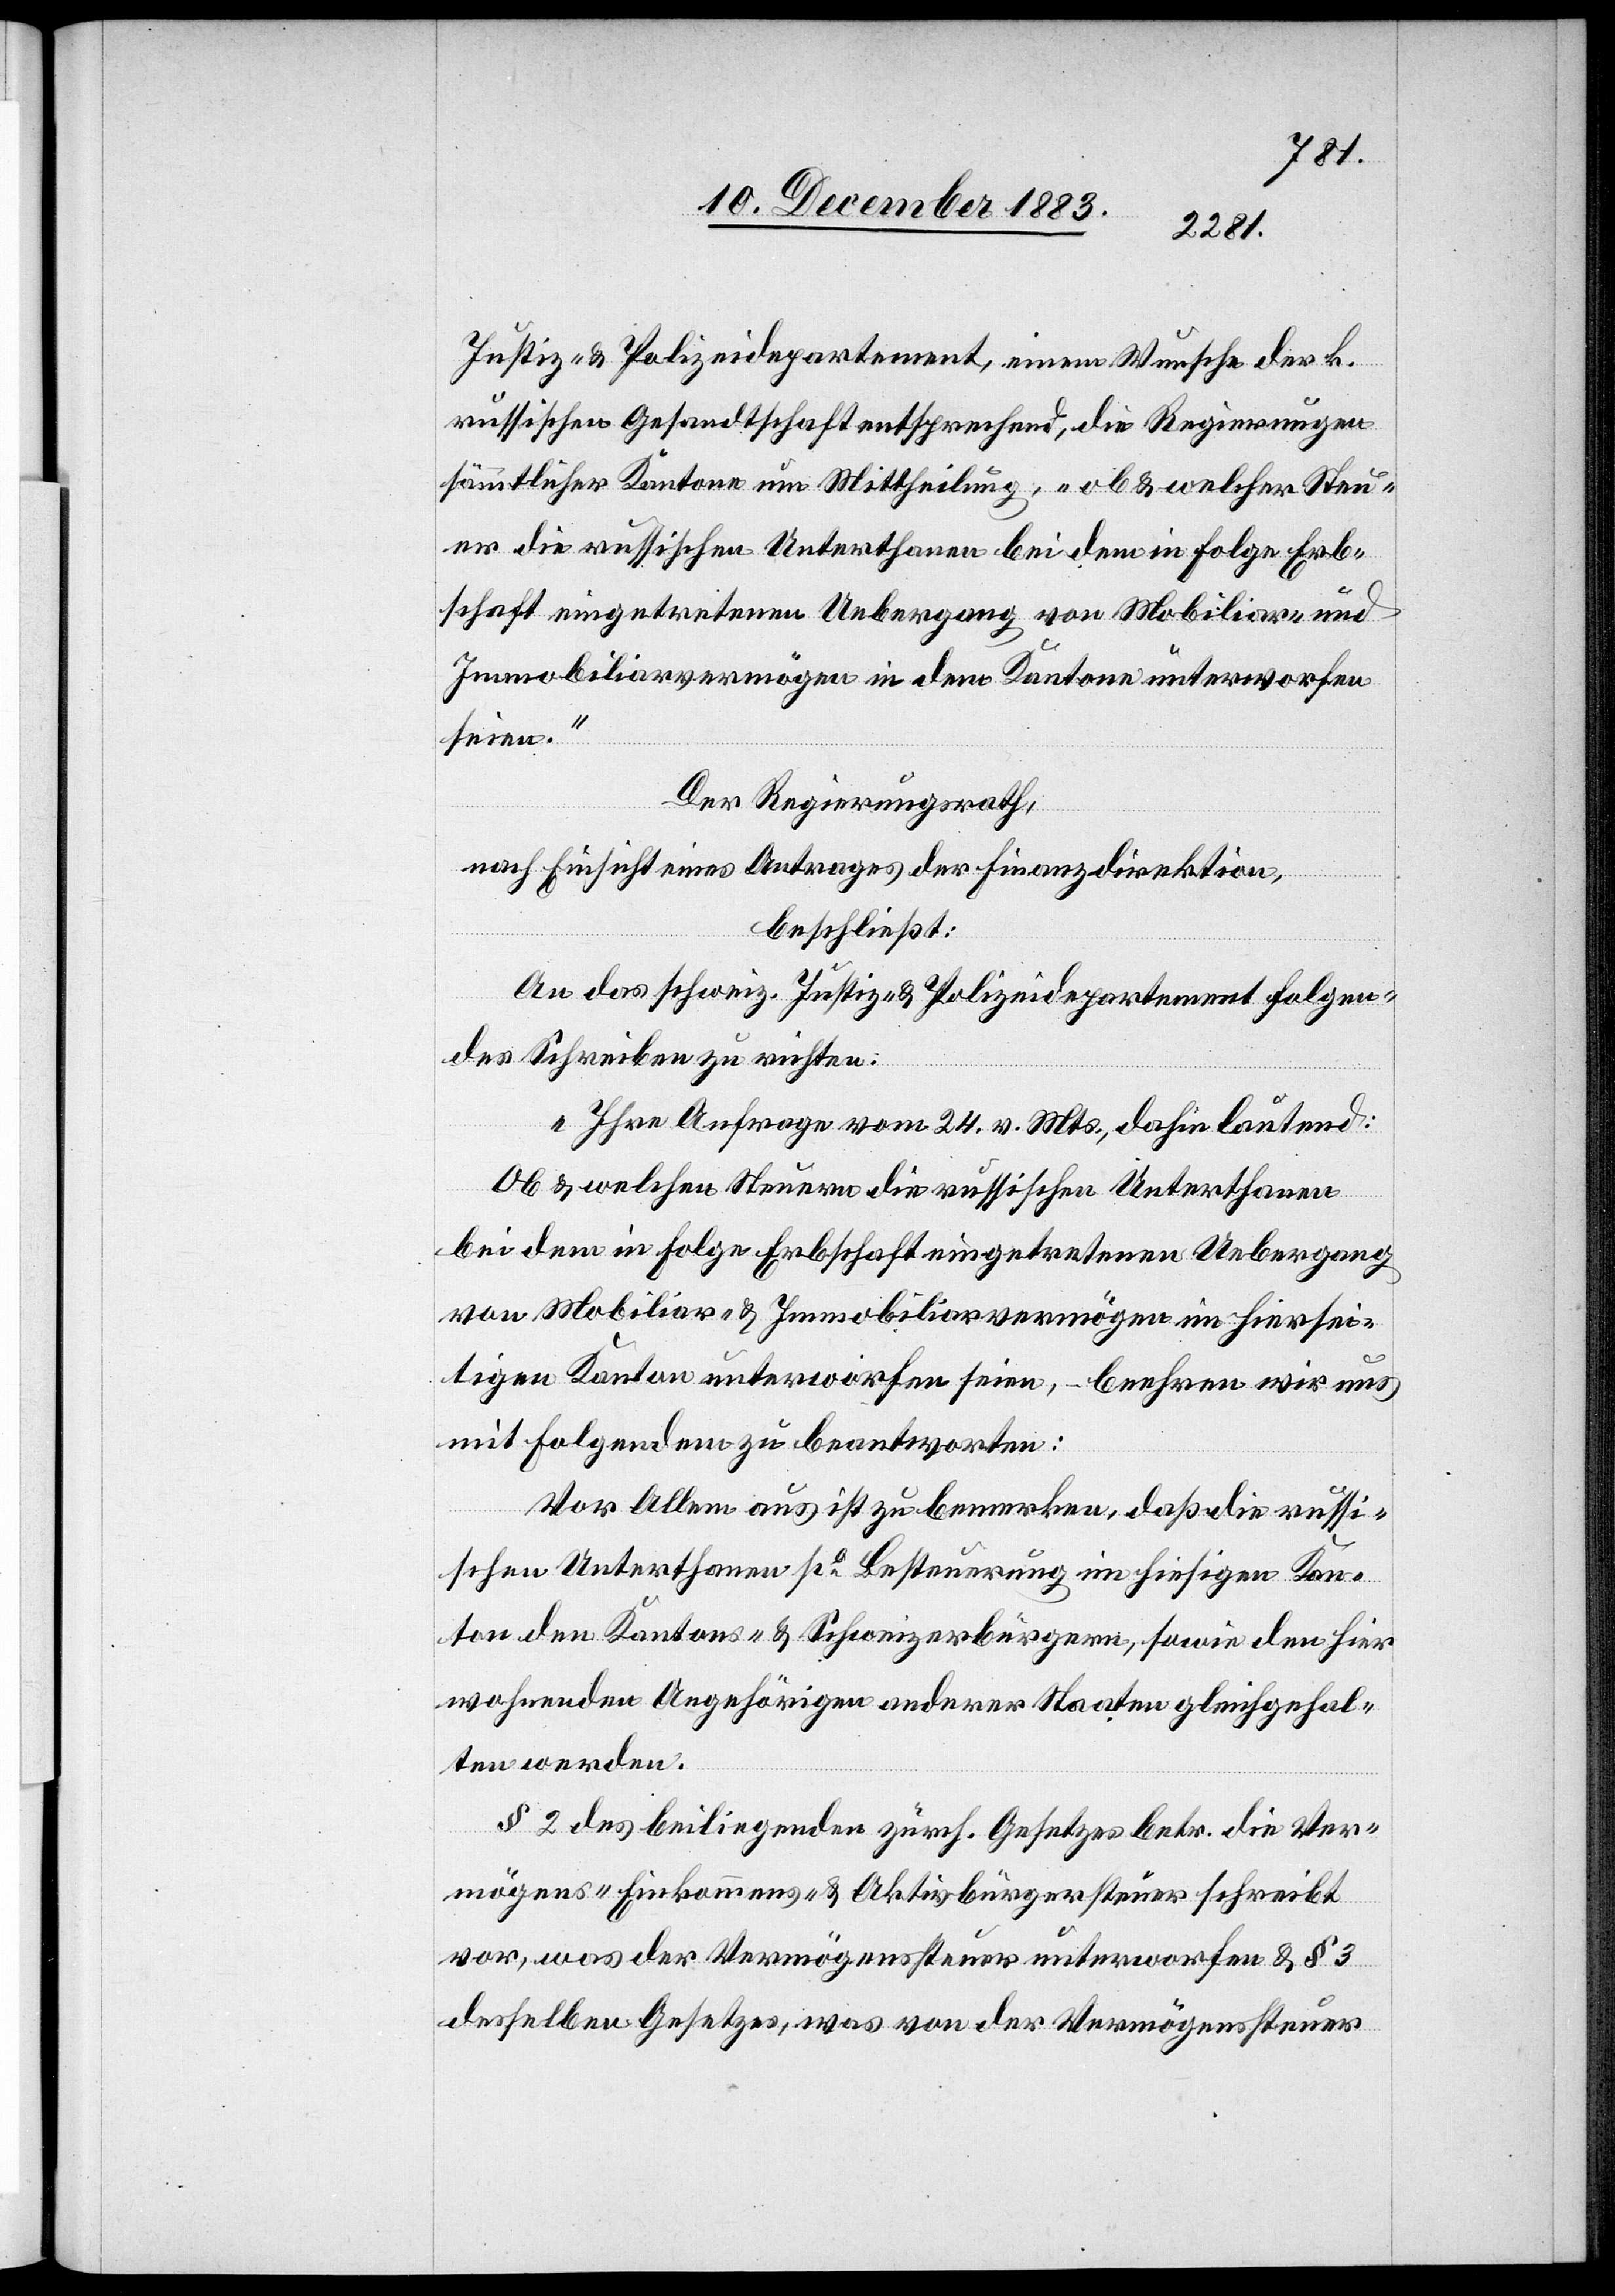
Justiz- & Polizeidirektion, einem Wunsche der k.
russischen Gesandtschaft entsprechend, die Regierungen
sämmtlicher Kantone um Mittheilung, „ob & welcher Steu¬
er die russischen Unterthanen bei dem in Folge Erb¬
schaft eingetretenen Uebergang von Mobiliar- und
Immobilienvermögen in dem Kantone unterworfen
seien.“
Der Regierungsrath,
nach Einsicht eines Antrages der Finanzdirektion,
beschließt:
An das schweiz. Justiz- & Polizeidepartement folgen¬
des Schreiben zu richten:
„Ihre Anfrage vom 24. v. Mts., dahin lautend:
Ob & welchen Steuern die russischen Unterthanen
bei dem in Folge Erbschaft eingetretenen Uebergang
von Mobiliar- & Immobiliarvermögen im hiersei¬
tigen Kanton unterworfen seien, –beehren wir uns
mit folgendem zu beantworten:
Vor Allem aus ist zu bemerken, daß die russi¬
schen Unterthanen po Besteuerung im hiesigen Kan¬
ton den Kantons- & Schweizerbürgern, sowie den hier
wohnenden Angehörigen anderer Staaten gleichgehal¬
ten werden.
§ 2 des beiliegenden zürch. Gesetzes betr. die Ver¬
mögens-[,] Einkommens- & Aktivbürgersteuer schreibt
vor, was der Vermögenssteuer unterworfen & § 3
desselben Gesetzes, was von der Vermögenssteuer